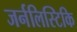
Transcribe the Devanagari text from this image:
जर्नलिस्टिकि